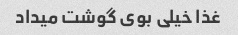
غذا خیلی بوی گوشت میداد